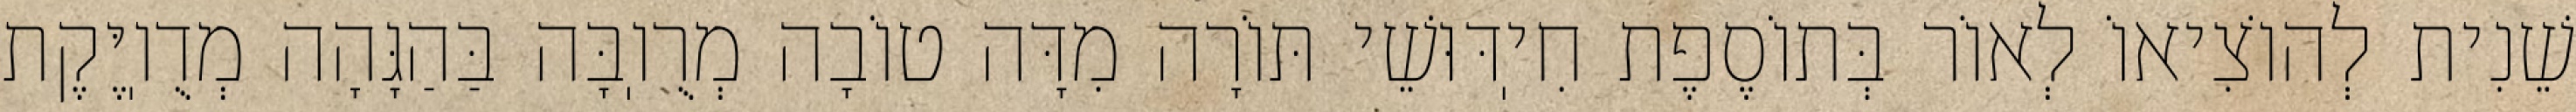
שֵׁנִית לְהוֹצִיאוֹ לְאוֹר בְּתוֹסֶפֶת חִיֽדּוּשֵׁי תּוֹרָה מִדָּה טוֹבָה מְרֻוֽבָּה בַּהַגָּהָה מְדֻוֽיֶּקֶת